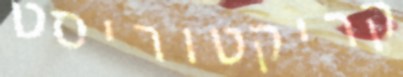
קריקטוריסט